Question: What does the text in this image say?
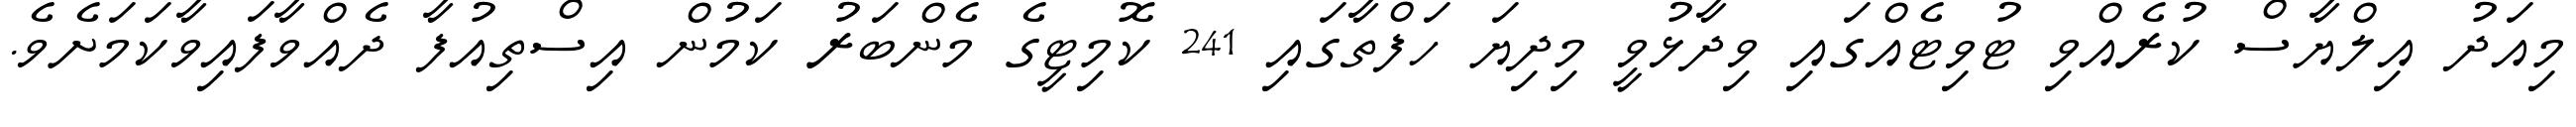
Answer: މިއަދު އިލްޔާސް ކުރެއްވި ޓުވިޓެއްގައި ވިދާޅުވީ މިދިޔަ ހަފްތާގައި 241 ކޮމިޓީގެ މެންބަރު ކަމުން އިސްތިއުފާ ދެއްވާފައިވާކަމަށެވެ.